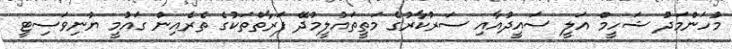
މުހަންމަދު ޝަހީމް އަލީ ސައީދުއާއި ސަރުކާރުގެ މަތީތައުލީމުދޭ ފަރާތްތަކުގެ ތެރެއިން ގައުމީ ޔުނިވަސިޓީ